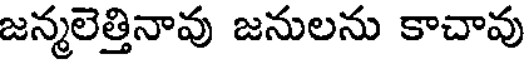
జన్మలెత్తినావు జనులను కాచావు